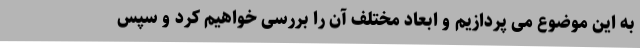
به این موضوع می پردازیم و ابعاد مختلف آن را بررسی خواهیم کرد و سپس